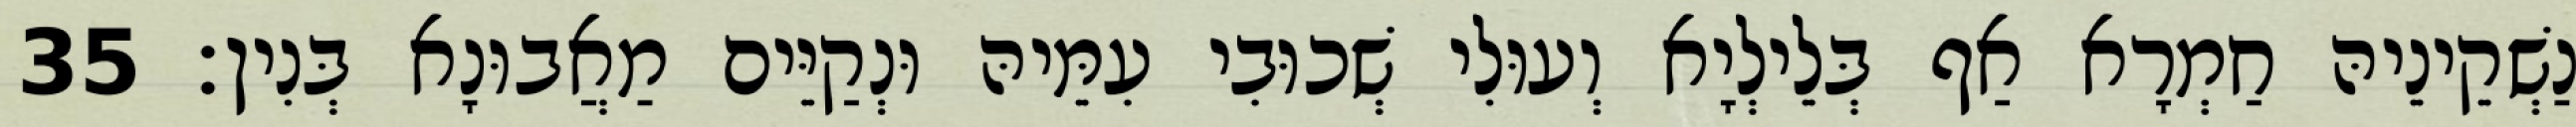
נַשְׁקֵינֵיהּ חַמְרָא אַף בְּלֵילְיָא וְעוּלִי שְׁכוּבִי עִמֵּיהּ וּנְקַיֵּים מַאֲבוּנָא בְּנִין׃ 35